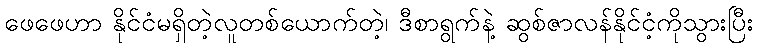
ဖေဖေဟာ နိုင်ငံမရှိတဲ့လူတစ်ယောက်တဲ့၊ ဒီစာရွက်နဲ့ ဆွစ်ဇာလန်နိုင်ငံ့ကိုသွားပြီး